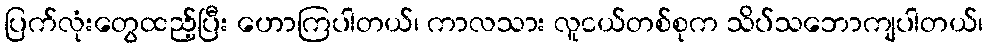
ပြက်လုံးတွေထည့်ပြီး ဟောကြပါတယ်၊ ကာလသား လူငယ်တစ်စုက သိပ်သဘောကျပါတယ်၊